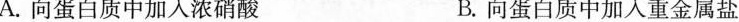
A.向蛋白质中加入浓硝酸 B.向蛋白质中加入重金属盐